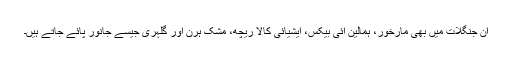
ان جنگلات میں بھی مارخور، ہمالین آئی بیکس، ایشیائی کالا ریچھ، مشک ہرن اور گلہری جیسے جانور پائے جاتے ہیں۔